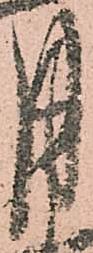
月